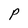
Character: P